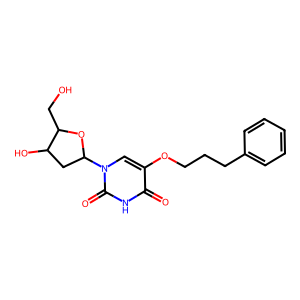
SMILES: O=c1[nH]c(=O)n(C2CC(O)C(CO)O2)cc1OCCCc1ccccc1
Inhibits HIV replication: No